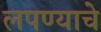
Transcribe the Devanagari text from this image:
लपण्याचे